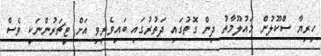
ހިރިޔާ ސްކޫލުން މައުލޫމާތު ދިން ގޮތުގައި ދަތުރުގައި ބައިވެރިވި އަށް ޓީޗަރުންނަކީ ވެސް